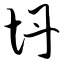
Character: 坍